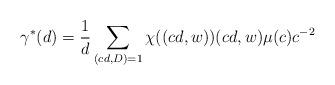
LaTeX: \begin{align*} \gamma^*(d)=\frac{1}{d}\sum_{(cd,D)=1}\chi((cd,w))(cd,w)\mu(c)c^{-2}\end{align*}